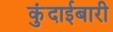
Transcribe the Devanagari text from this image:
कुंदाईबारी